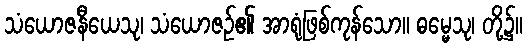
သံယောဇနီယေသု၊ သံယောဇဉ်၏ အာရုံဖြစ်ကုန်သော။ ဓမ္မေသု၊ တို့၌။